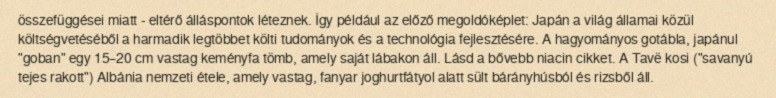
összefüggései miatt - eltérő álláspontok léteznek. Így például az előző megoldóképlet: Japán a világ államai közül költségvetéséből a harmadik legtöbbet költi tudományok és a technológia fejlesztésére. A hagyományos gotábla, japánul "goban" egy 15–20 cm vastag keményfa tömb, amely saját lábakon áll. Lásd a bővebb niacin cikket. A Tavë kosi ("savanyú tejes rakott") Albánia nemzeti étele, amely vastag, fanyar joghurtfátyol alatt sült bárányhúsból és rizsből áll.